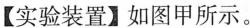
【实验装置】如图甲所示。